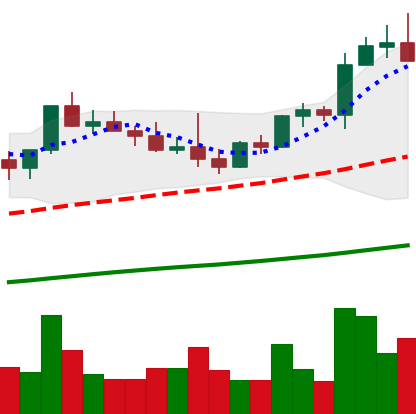
Ticker: NEO-USD
Chart end date: 2021-04-03
Forward return: 22.996%
Label: up_7plus